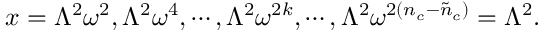
x = \Lambda ^ { 2 } \omega ^ { 2 } , \Lambda ^ { 2 } \omega ^ { 4 } , \cdots , \Lambda ^ { 2 } \omega ^ { 2 k } , \cdots , \Lambda ^ { 2 } \omega ^ { 2 ( n _ { c } - \tilde { n } _ { c } ) } = \Lambda ^ { 2 } .